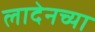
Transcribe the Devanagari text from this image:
लादेनच्या